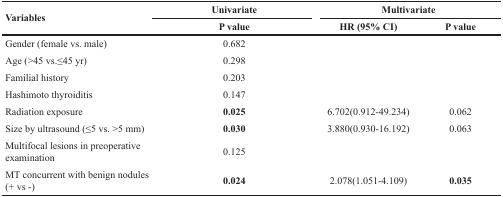
| <ROWSPAN=2> Variables | Univariate | <COLSPAN=2> Multivariate |
 | P value | HR (95% CI) | P value |
 | --- | --- | --- | --- |
 | Gender (female vs. male) | 0.682 |  |  |
 | Age (>45 vs.≤45 yr) | 0.298 |  |  |
 | Familial history | 0.203 |  |  |
 | Hashimoto thyroiditis | 0.147 |  |  |
 | Radiation exposure | 0.025 | 6.702(0.912-49.234) | 0.062 |
 | Size by ultrasound (≤5 vs. >5 mm) | 0.030 | 3.880(0.930-16.192) | 0.063 |
 | Multifocal lesions in preoperative examination | 0.125 |  |  |
 | MT concurrent with benign nodules (+ vs -) | 0.024 | 2.078(1.051-4.109) | 0.035 |